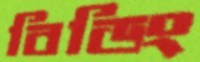
বিডিং